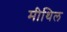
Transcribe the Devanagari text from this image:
मीथिल